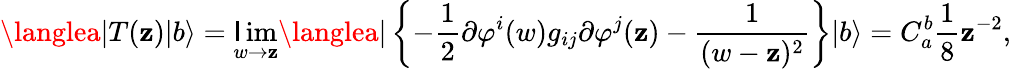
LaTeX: \langlea|T(\mathbf{z})|b\rangle=\operatorname*{\mathsf{l}im}_{w\rightarrow\mathbf{z}}\langlea|\left\{ -{\frac{{1}}{{2}}}\partial\varphi^{i}(w)g_{ij}\partial\varphi^{j}(\mathbf{z})-{\frac{{1}}{{(w-\mathbf{z})^{2}}}}\right\} |b\rangle=C_{a}^{b}{\frac{{1}}{{8}}}\mathbf{z}^{-2},